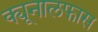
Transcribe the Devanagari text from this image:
क्यूनालफास